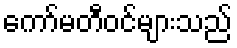
ကော်မတီဝင်များသည်